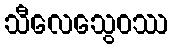
သီလေသွေဝဿ